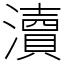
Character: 瀆